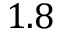
1 . 8